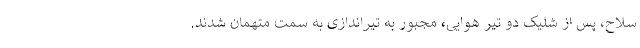
سلاح، پس از شلیک دو تیر هوایی، مجبور به تیراندازی به سمت متهمان شدند.